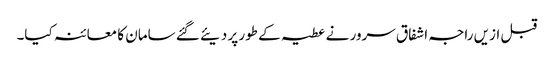
قبل ازیں راجہ اشفاق سرور نے عطیہ کے طور پر دیئے گئے سامان کا معائنہ کیا۔